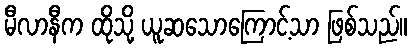
မီလာနီက ထိုသို့ ယူဆသောကြောင့်သာ ဖြစ်သည်။